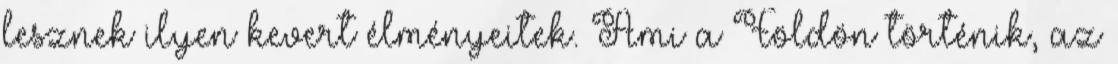
lesznek ilyen kevert élményeitek. Ami a Földön történik, az